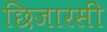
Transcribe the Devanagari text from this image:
छिजारसी